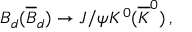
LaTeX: B _ { d } ( \overline { { B } } _ { d } ) \rightarrow J / \psi K ^ { 0 } ( \overline { { K } } ^ { 0 } ) \, ,